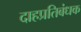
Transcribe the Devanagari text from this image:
दाहप्रतिबंधक